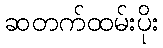
ဆတက်ထမ်းပိုး